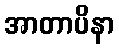
အာတာပိနာ